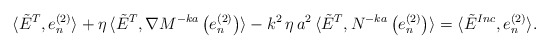
\begin{align*}\langle \tilde{E}^{T} , e_{n}^{(2)} \rangle + \eta \, \langle \tilde{E}^{T} , \nabla M^{-ka}\left( e_{n}^{(2)} \right) \rangle - k^{2} \, \eta \, a^{2} \, \langle \tilde{E}^{T}, N^{-ka}\left( e_{n}^{(2)} \right) \rangle = \langle \tilde{E}^{Inc}, e_{n}^{(2)} \rangle.\end{align*}